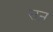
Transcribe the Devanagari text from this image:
सऩ